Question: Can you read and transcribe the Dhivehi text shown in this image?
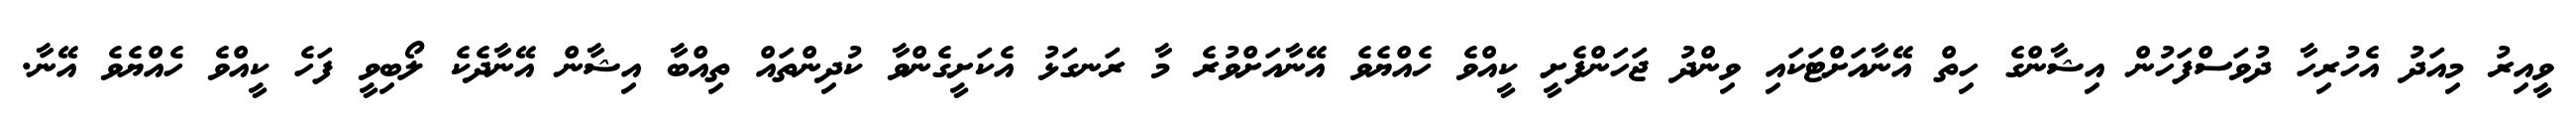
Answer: ވީއިރު މިއަދު އެހުރިހާ ދުވަސްފަހުން އިޝާންގެ ހިތް އޭނާއަށްޓަކައި ވިންދު ޖަހަންފެށީ ކީއްވެ ހެއްޔެވެ އޭނާއަށްވުރެ މާ ރަނގަޅު އެކަށީގެންވާ ކުދިންތައް ތިއްބާ އިޝާން އޭނާދެކެ ލޯބިވީ ފަހެ ކީއްވެ ހެއްޔެވެ އޭނާ.